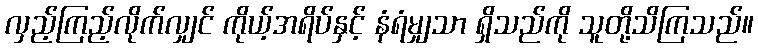
လှည့်ကြည့်လိုက်လျှင် ကိုယ့်အရိပ်နှင့် နံရံမျှသာ ရှိသည်ကို သူတို့သိကြသည်။